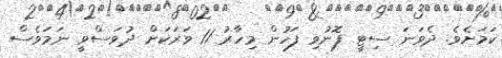
ކަމަށެވެ. ދެވަނަ ސިޓީ ފޮނުވި ފަހުން މިހާރު 11 ވަރަކަށް ދުވަސްވީ ނަމަވެސް